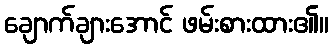
ချောက်ချားအောင် ဖမ်းစားထား၏။